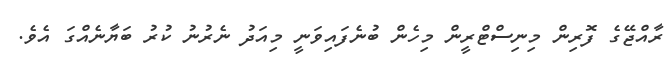
ރާއްޖޭގެ ފޮރިން މިނިސްޓްރީން މިހެން ބުނެފައިވަނީ މިއަދު ނެރުނު ކުރު ބަޔާނެއްގަ އެވެ.